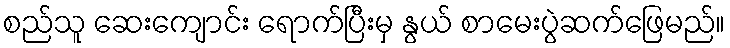
စည်သူ ဆေးကျောင်း ရောက်ပြီးမှ နွယ် စာမေးပွဲဆက်ဖြေမည်။